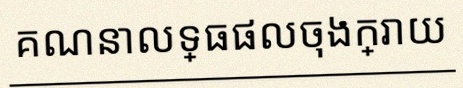
គណនាលទ្ធផលចុងក្រោយ